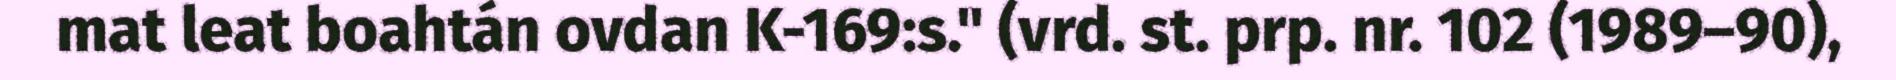
mat leat boahtán ovdan K-169:s." (vrd. st. prp. nr. 102 (1989–90),